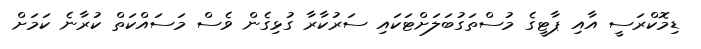
ޑިމޮކްރަސީ އާއި ޕާޓީގެ މުސްތަގުބަލަށްޓަކައި ސަރުކާރާ ގުޅިގެން ވެސް މަސައްކަތް ކުރާނެ ކަމަށް